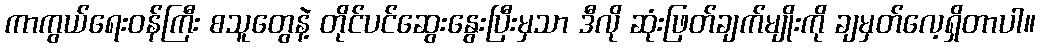
ကာကွယ်ရေးဝန်ကြီး စသူတွေနဲ့ တိုင်ပင်ဆွေးနွေးပြီးမှသာ ဒီလို ဆုံးဖြတ်ချက်မျိုးကို ချမှတ်လေ့ရှိတာပါ။